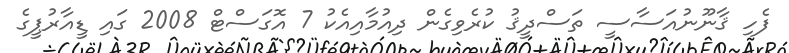
ފެހި ޤާނޫނުއަސާސީ ތަސްދީޤު ކުރެވިގެން ދިއުމާއިއެކު 7 އޮގަސްޓް 2008 ގައި ޑީއާރުޕީގެ